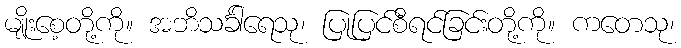
မျိုးစေ့တို့ကို။ အဘိသင်္ခါရေသု၊ ပြုပြင်စီရင်ခြင်းတို့ကို။ ကတေသု၊